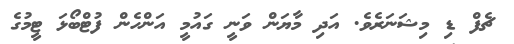
ޗެފް ޑި މިޝަނަރެވެ. އަދި މާޔަން ވަނީ ގައުމީ އަންހެން ފުޓްބޯޅަ ޓީމުގެ